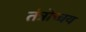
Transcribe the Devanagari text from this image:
तंत्रोच्चय